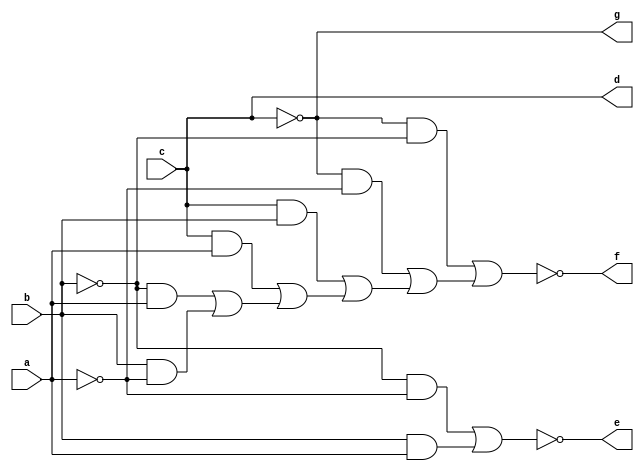
// IWLS benchmark module "b1" printed on Wed May 29 16:27:40 2002
module b1(a, b, c, d, e, f, g);
input
  a,
  b,
  c;
output
  d,
  e,
  f,
  g;
wire
  \[2] ,
  n,
  \[3] ,
  p,
  \[1] ;
assign
  \[2]  = ~p,
  d = c,
  e = \[1] ,
  f = \[2] ,
  g = \[3] ,
  n = (~b & ~a) | (b & a),
  \[3]  = ~c,
  p = (~c & ~b) | ((~c & ~a) | ((c & b) | ((c & a) | ((~b & a) | (b & ~a))))),
  \[1]  = ~n;
endmodule